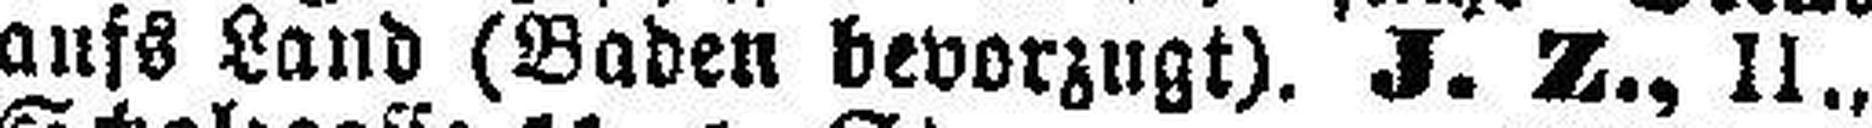
aufs Land (Baden bevorzugt). J. Z., II.,